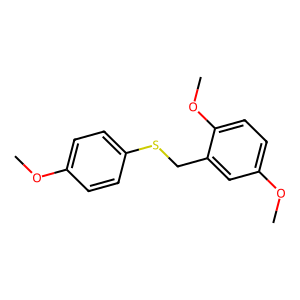
SMILES: COc1ccc(SCc2cc(OC)ccc2OC)cc1
Inhibits HIV replication: No